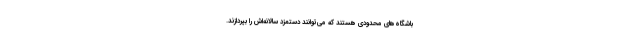
باشگاه‌های محدودی هستند که می‌توانند دستمزد سالانه‌اش را بپردازند.